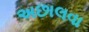
અછાલવા